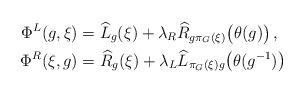
LaTeX: \begin{align*} \Phi^L(g,\xi)&=\widehat L_g(\xi) +\lambda_R\widehat R_{g\pi_G(\xi)}\bigl(\theta(g)\bigr)\,,\\ \Phi^R(\xi,g)&=\widehat R_g(\xi) +\lambda_L\widehat L_{\pi_G(\xi)g}\bigl(\theta(g^{-1})\bigr) \end{align*}